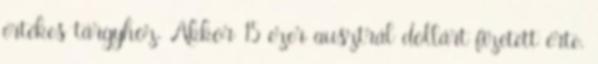
értékes tárgyhoz. Akkor 15 ezer ausztrál dollárt fizetett érte.